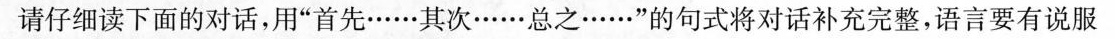
请仔细读下面的对话，用”首先……其次……总之……”的句式将对话补充完整，语言要有说服